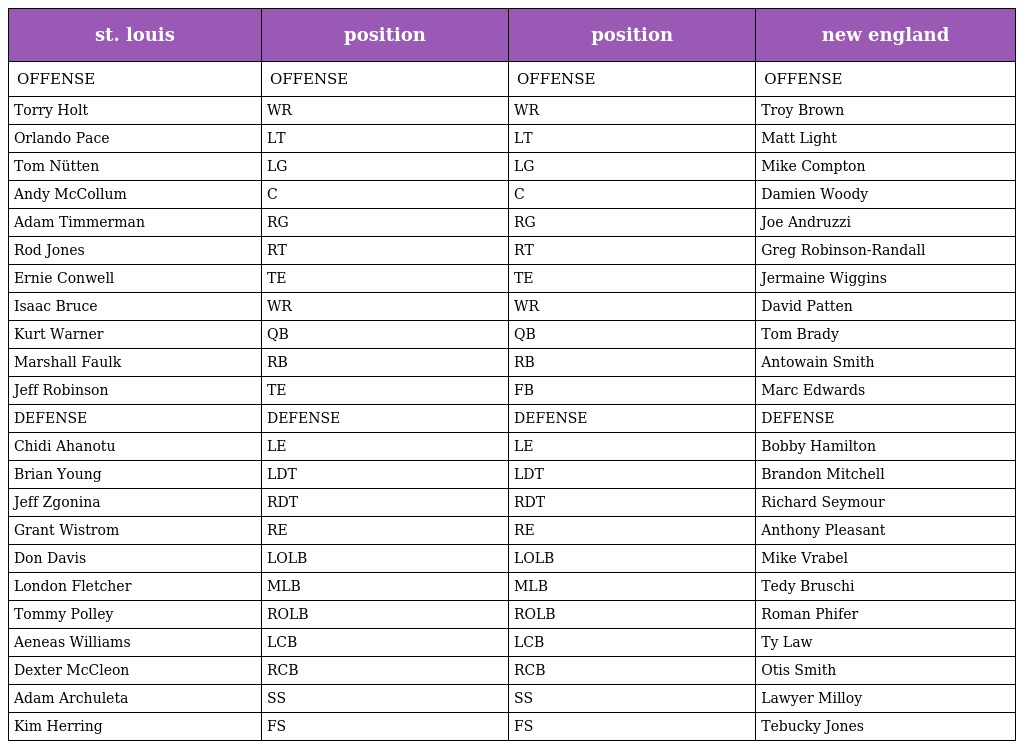
| st. louis | position | position | new england |
 | --- | --- | --- | --- |
 | OFFENSE | OFFENSE | OFFENSE | OFFENSE |
 | Torry Holt | WR | WR | Troy Brown |
 | Orlando Pace | LT | LT | Matt Light |
 | Tom Nütten | LG | LG | Mike Compton |
 | Andy McCollum | C | C | Damien Woody |
 | Adam Timmerman | RG | RG | Joe Andruzzi |
 | Rod Jones | RT | RT | Greg Robinson-Randall |
 | Ernie Conwell | TE | TE | Jermaine Wiggins |
 | Isaac Bruce | WR | WR | David Patten |
 | Kurt Warner | QB | QB | Tom Brady |
 | Marshall Faulk | RB | RB | Antowain Smith |
 | Jeff Robinson | TE | FB | Marc Edwards |
 | DEFENSE | DEFENSE | DEFENSE | DEFENSE |
 | Chidi Ahanotu | LE | LE | Bobby Hamilton |
 | Brian Young | LDT | LDT | Brandon Mitchell |
 | Jeff Zgonina | RDT | RDT | Richard Seymour |
 | Grant Wistrom | RE | RE | Anthony Pleasant |
 | Don Davis | LOLB | LOLB | Mike Vrabel |
 | London Fletcher | MLB | MLB | Tedy Bruschi |
 | Tommy Polley | ROLB | ROLB | Roman Phifer |
 | Aeneas Williams | LCB | LCB | Ty Law |
 | Dexter McCleon | RCB | RCB | Otis Smith |
 | Adam Archuleta | SS | SS | Lawyer Milloy |
 | Kim Herring | FS | FS | Tebucky Jones |